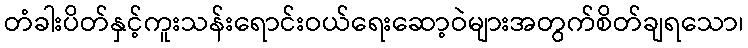
တံခါးပိတ်နှင့်ကူးသန်းရောင်းဝယ်ရေးဆော့ဝဲများအတွက်စိတ်ချရသော၊